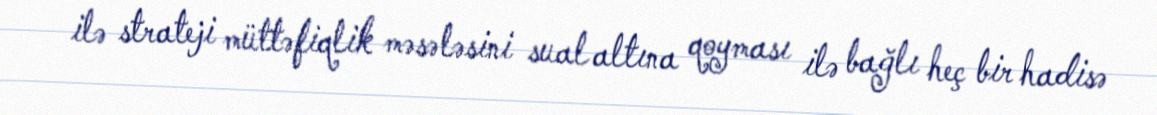
ilə strateji müttəfiqlik məsələsini sual altına qoyması ilə bağlı heç bir hadisə